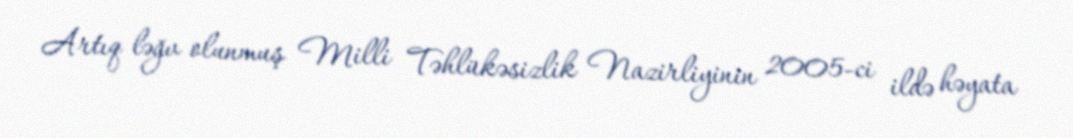
Artıq ləğv olunmuş Milli Təhlükəsizlik Nazirliyinin 2005-ci ildə həyata